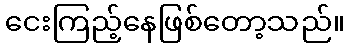
ငေးကြည့်နေဖြစ်တော့သည်။